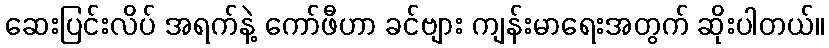
ဆေးပြင်းလိပ် အရက်နဲ့ ကော်ဖီဟာ ခင်ဗျား ကျန်းမာရေးအတွက် ဆိုးပါတယ်။